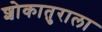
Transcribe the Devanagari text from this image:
शोकातुराला